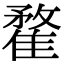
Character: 䨁